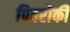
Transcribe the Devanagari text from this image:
पितरोंकी